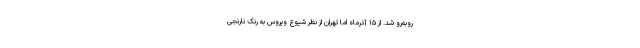
روبه‌رو شد. از ۱۵ آذرماه اما تهران از نظر شیوع ویروس به رنگ نارنجی